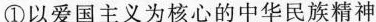
① 以爱国主义为核心的中华民族精神